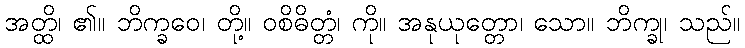
အတ္ထိ၊ ၏။ ဘိက္ခဝေ၊ တို့။ ဝစိဓိတ္တံ၊ ကို။ အနုယုတ္တော၊ သော။ ဘိက္ခု၊ သည်။